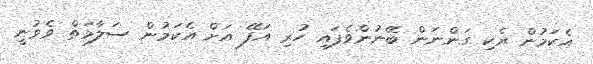
އެކަމުން ރެކި ގަންނަން ބޭނުންވެފައި ހުރި އަފޭ އަށް އެކަމުން ސަލާމަތް ވެވުނީ